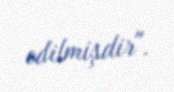
edilmişdir".